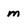
Character: m